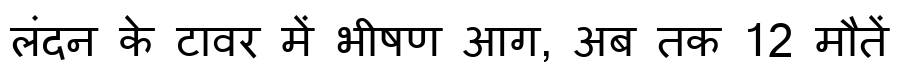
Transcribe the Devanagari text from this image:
लंदन के टावर में भीषण आग, अब तक 12 मौतें